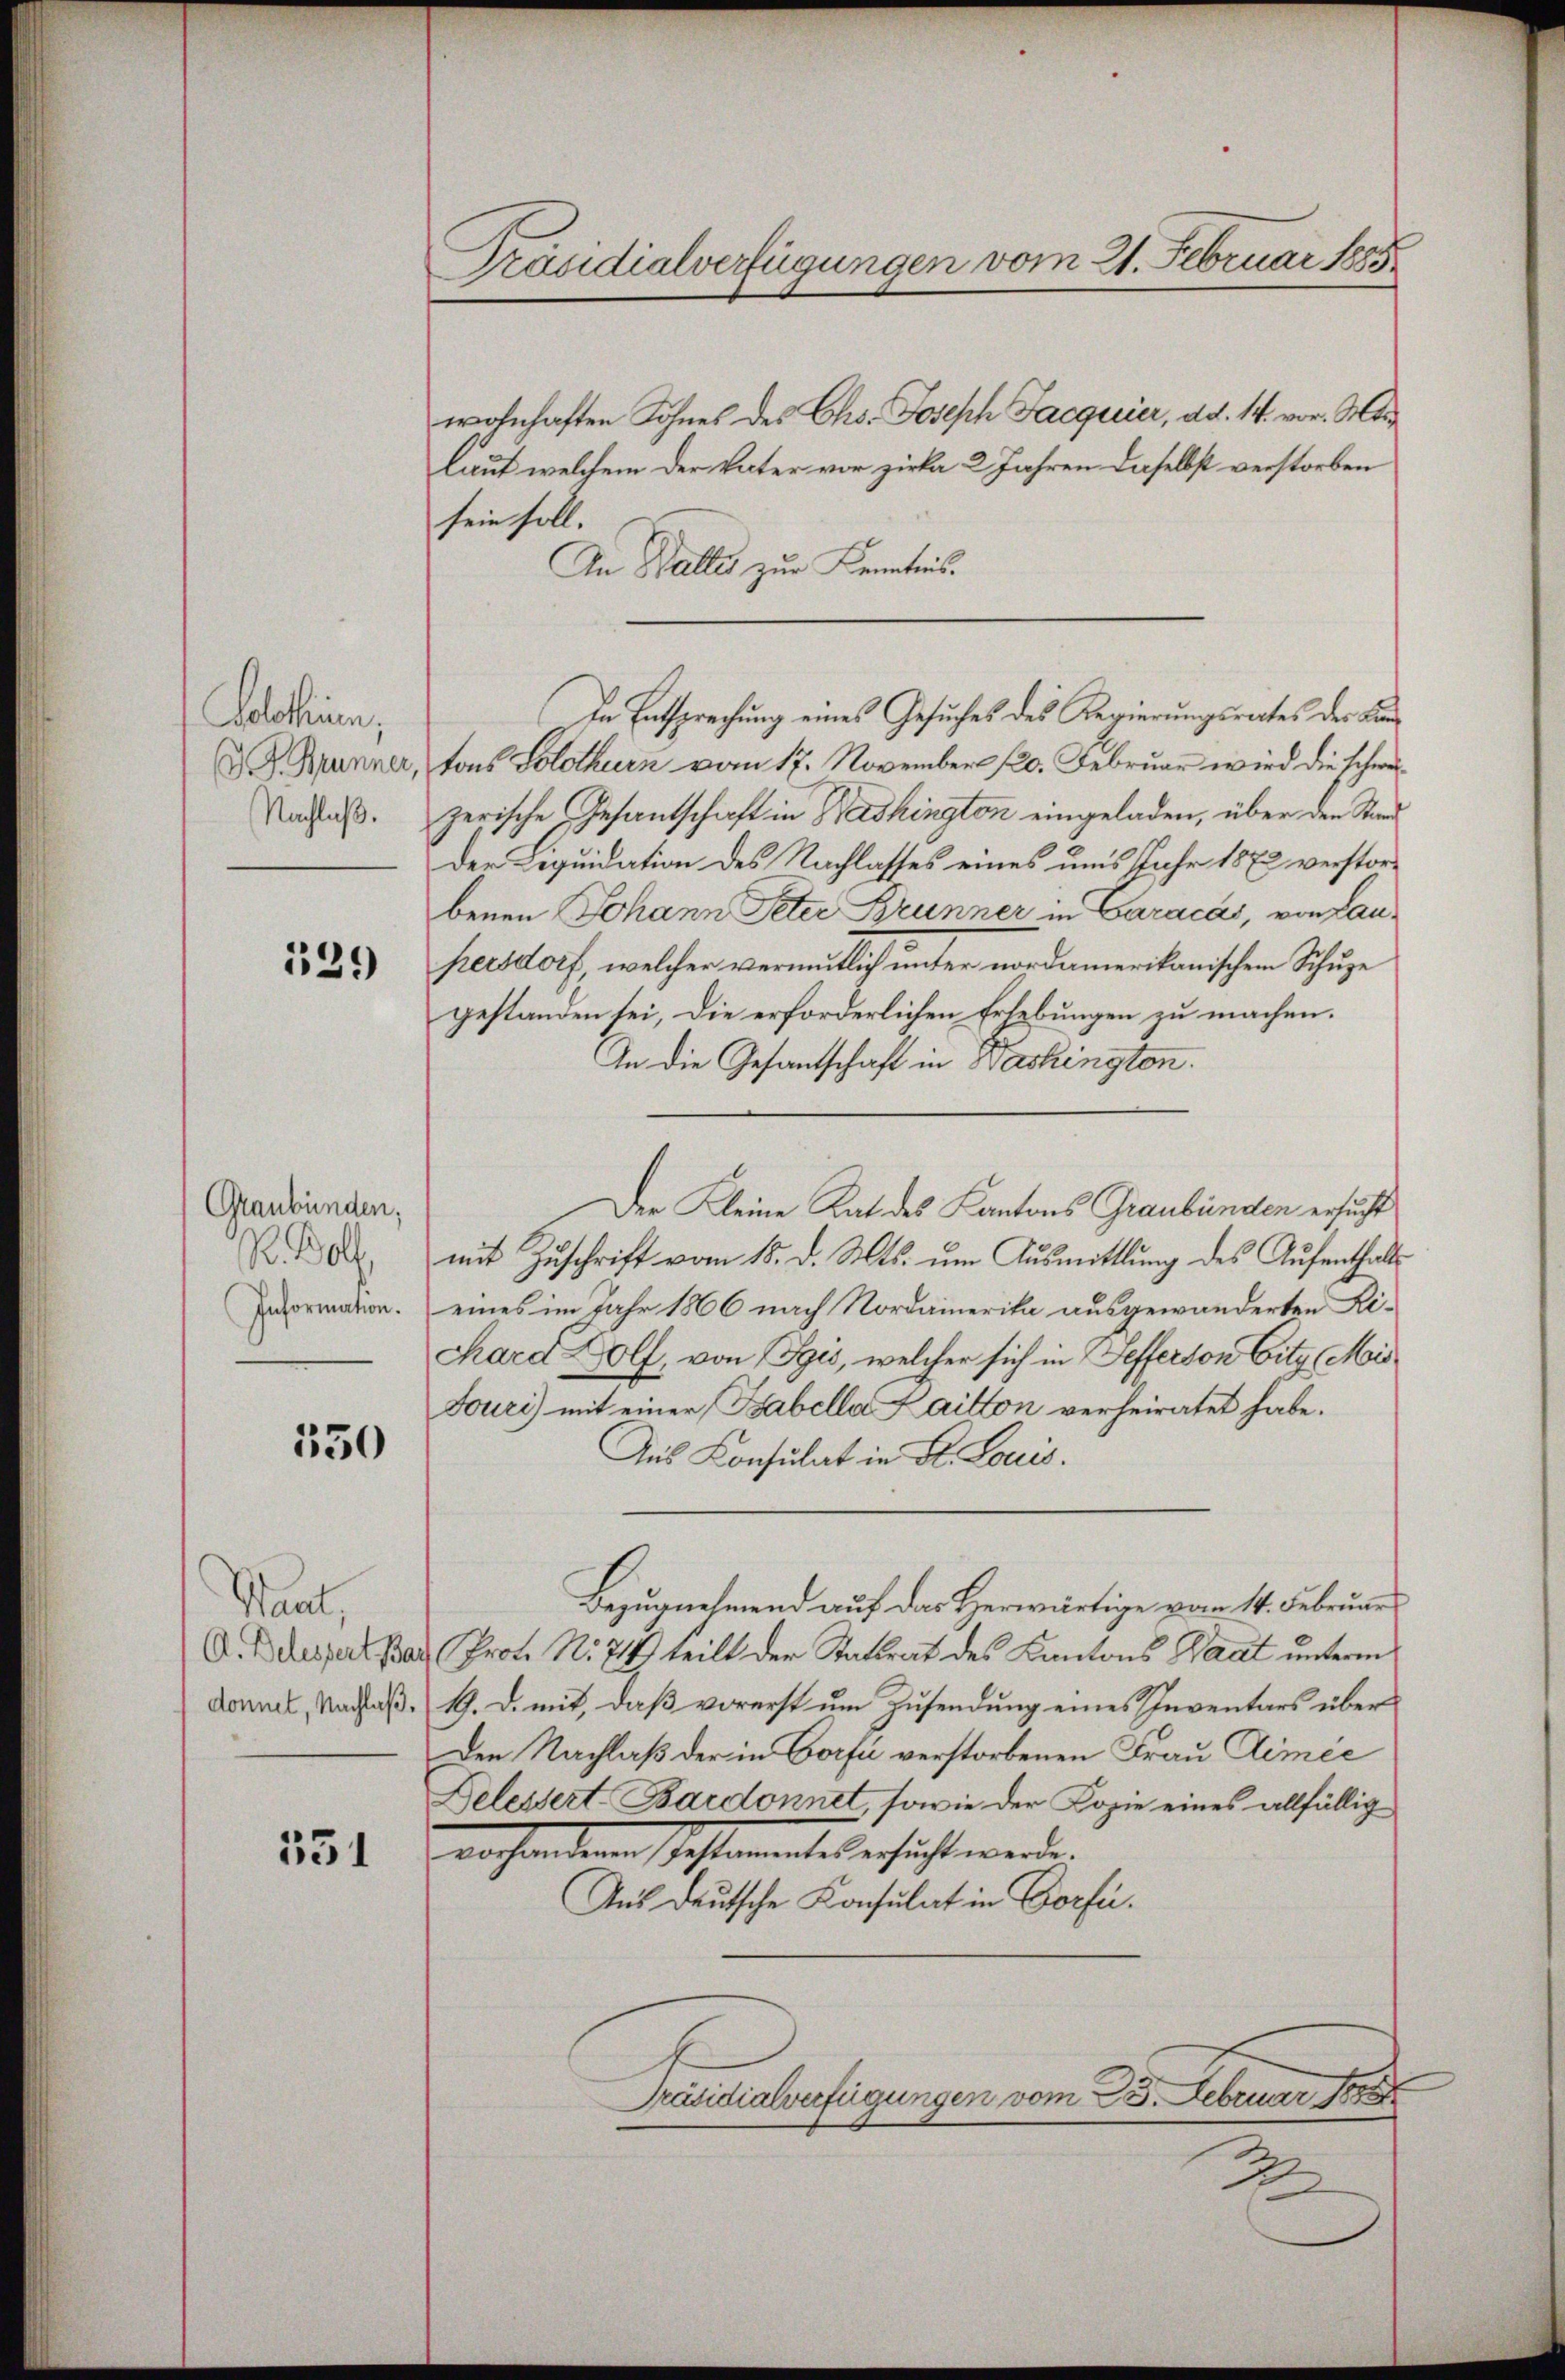
Solothurn,
G. J. Brunner
Nachlaß.

539

Graubünden,
P. Bolf,
Information.

550

Waut,
A. Delessert, Ba
donnet, Nachlaß¬

531

Präsidialverfügungen vom 21. Februar 1885.

wohnhaften Sohnes des Chs. Joseph Jacquier, ad. 14. vor. Mar
laut welchem der Vater vor zirka 2 Jahren daselbst verstorben
sein soll.
An Stalles zur Kenntnis.
In Entsprechung eines Gesuches des Regierungsrathes der Lintons Solothurn vom 17. November 120. Februar wird die schweizerische Gesantschaft in Bashington eingeladen, über den Stand
Der Requidation des Nachlasses eines ums Jahr 1872 verstorbenen Johann Peter Brunner in Caracas, von Lau-
hrensdorf, welcher vermutlich unter nordamerikanischen Schuze
gestanden sei, die erforderlichen Erhebungen zu machen.
In die Gesandtschaft in Washington.
mit Zŭschrift vom 15. d. Mts. um Ausmittlung des Aufenthalt
eines im Jahr 1866 nach Nordamerika ausgewanderten Lichard Wolf, von Egis, welcher sich in efferson Eity (Mis¬
Fouri) mit einer Babella Laitton verheiratet habe.
Aus Konsulat in Dr. Louis.
Bezugnehmend auf das Herwärtige vom 14. Februar
Prot. No 24) teilt der Stattrat des Kantons Saat unterm
19. d. mit, daß vorerst um Zusendung eines Inventars über
Den Nachlaß der in Dorfe verstorbenen Frau Dimee
Delessert-Bardonnet, sowie der Copie eines allfällig
vorhanderen Pestamente ersucht werde.
Aus deutsche Konsulat in Corfü¬
Präsidialverfügungen vom 23. Februar 1888
2

Der Kleine Rat des Kantons Graubünden ersucht